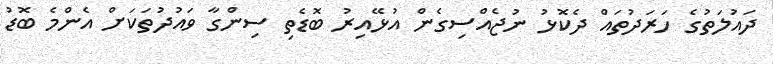
ދައުލަތުގެ ހަރަދުތައް ދެކޮޅު ނުޖެއްސިގެން އުޅޭއިރު ބޮޑެތި ސިންގާ ވައުދުތަކަށް އެންމެ ބޮޑު